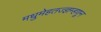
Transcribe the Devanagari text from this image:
मधुमेहतज्ज्ञम्हणून